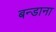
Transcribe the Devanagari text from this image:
बन्डाना